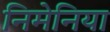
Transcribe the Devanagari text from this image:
निमेनिया